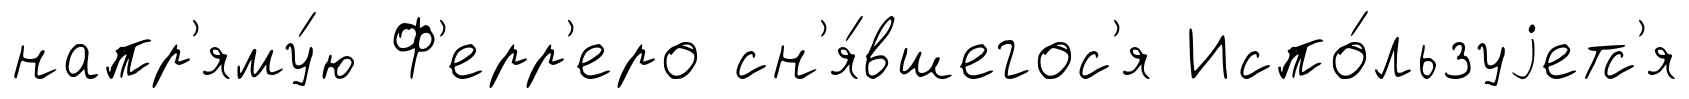
напр'яму́ю Ф'ерр'еро сн'я́вшегос'я Испо́льзуjетс'я